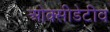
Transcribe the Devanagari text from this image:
ओक्सीडेटीव